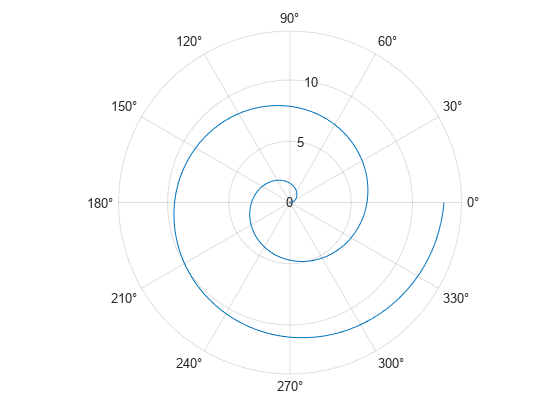
matlab, polarplot